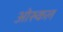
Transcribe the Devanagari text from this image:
ओरुकल